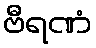
ဗီရဏံ